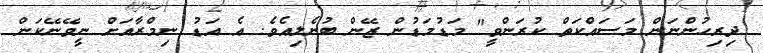
ދިރިހުންނަން މަސައްކަތް ކުރަންވީ" މަޑުމަޑުން ޒޭން ބުނެލިއެވެ. އެ އަޑު ނިމްރާއަށް ނީވޭނޭކަން